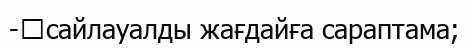
-	сайлауалды жағдайға сараптама;